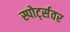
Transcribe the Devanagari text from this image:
स्पोर्ट्सवर